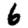
Digit: 6